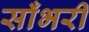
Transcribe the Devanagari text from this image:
साँभरी